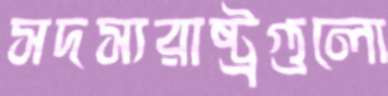
সদস্যরাষ্ট্রগুলো